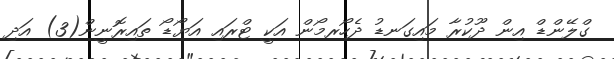
ގްލޭންޑް އިން ދޫކުރާ މައިގަނޑު ދެހޯރމޯން އަކީ ޓްރައި އަޔޯޑޯ ތައިރޮނީން(3) އަދި